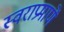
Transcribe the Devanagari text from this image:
स्वराप्रमाणें